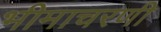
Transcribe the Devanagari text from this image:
भीमाचरणी